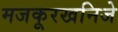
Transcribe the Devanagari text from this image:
मजकूरखनिजे